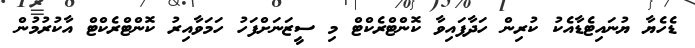
ޑެހެޔާ ޔުނައިޓެޑާއެކު ކުރިން ހަދާފައިވާ ކޮންޓްރެކްޓް މި ސީޒަނަށްފަހު ހަމަވާއިރު ކޮންޓްރެކްޓް އާކުރުމުން